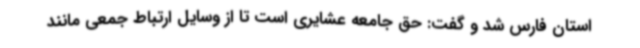
استان فارس شد و گفت: حق جامعه عشایری است تا از وسایل ارتباط جمعی مانند